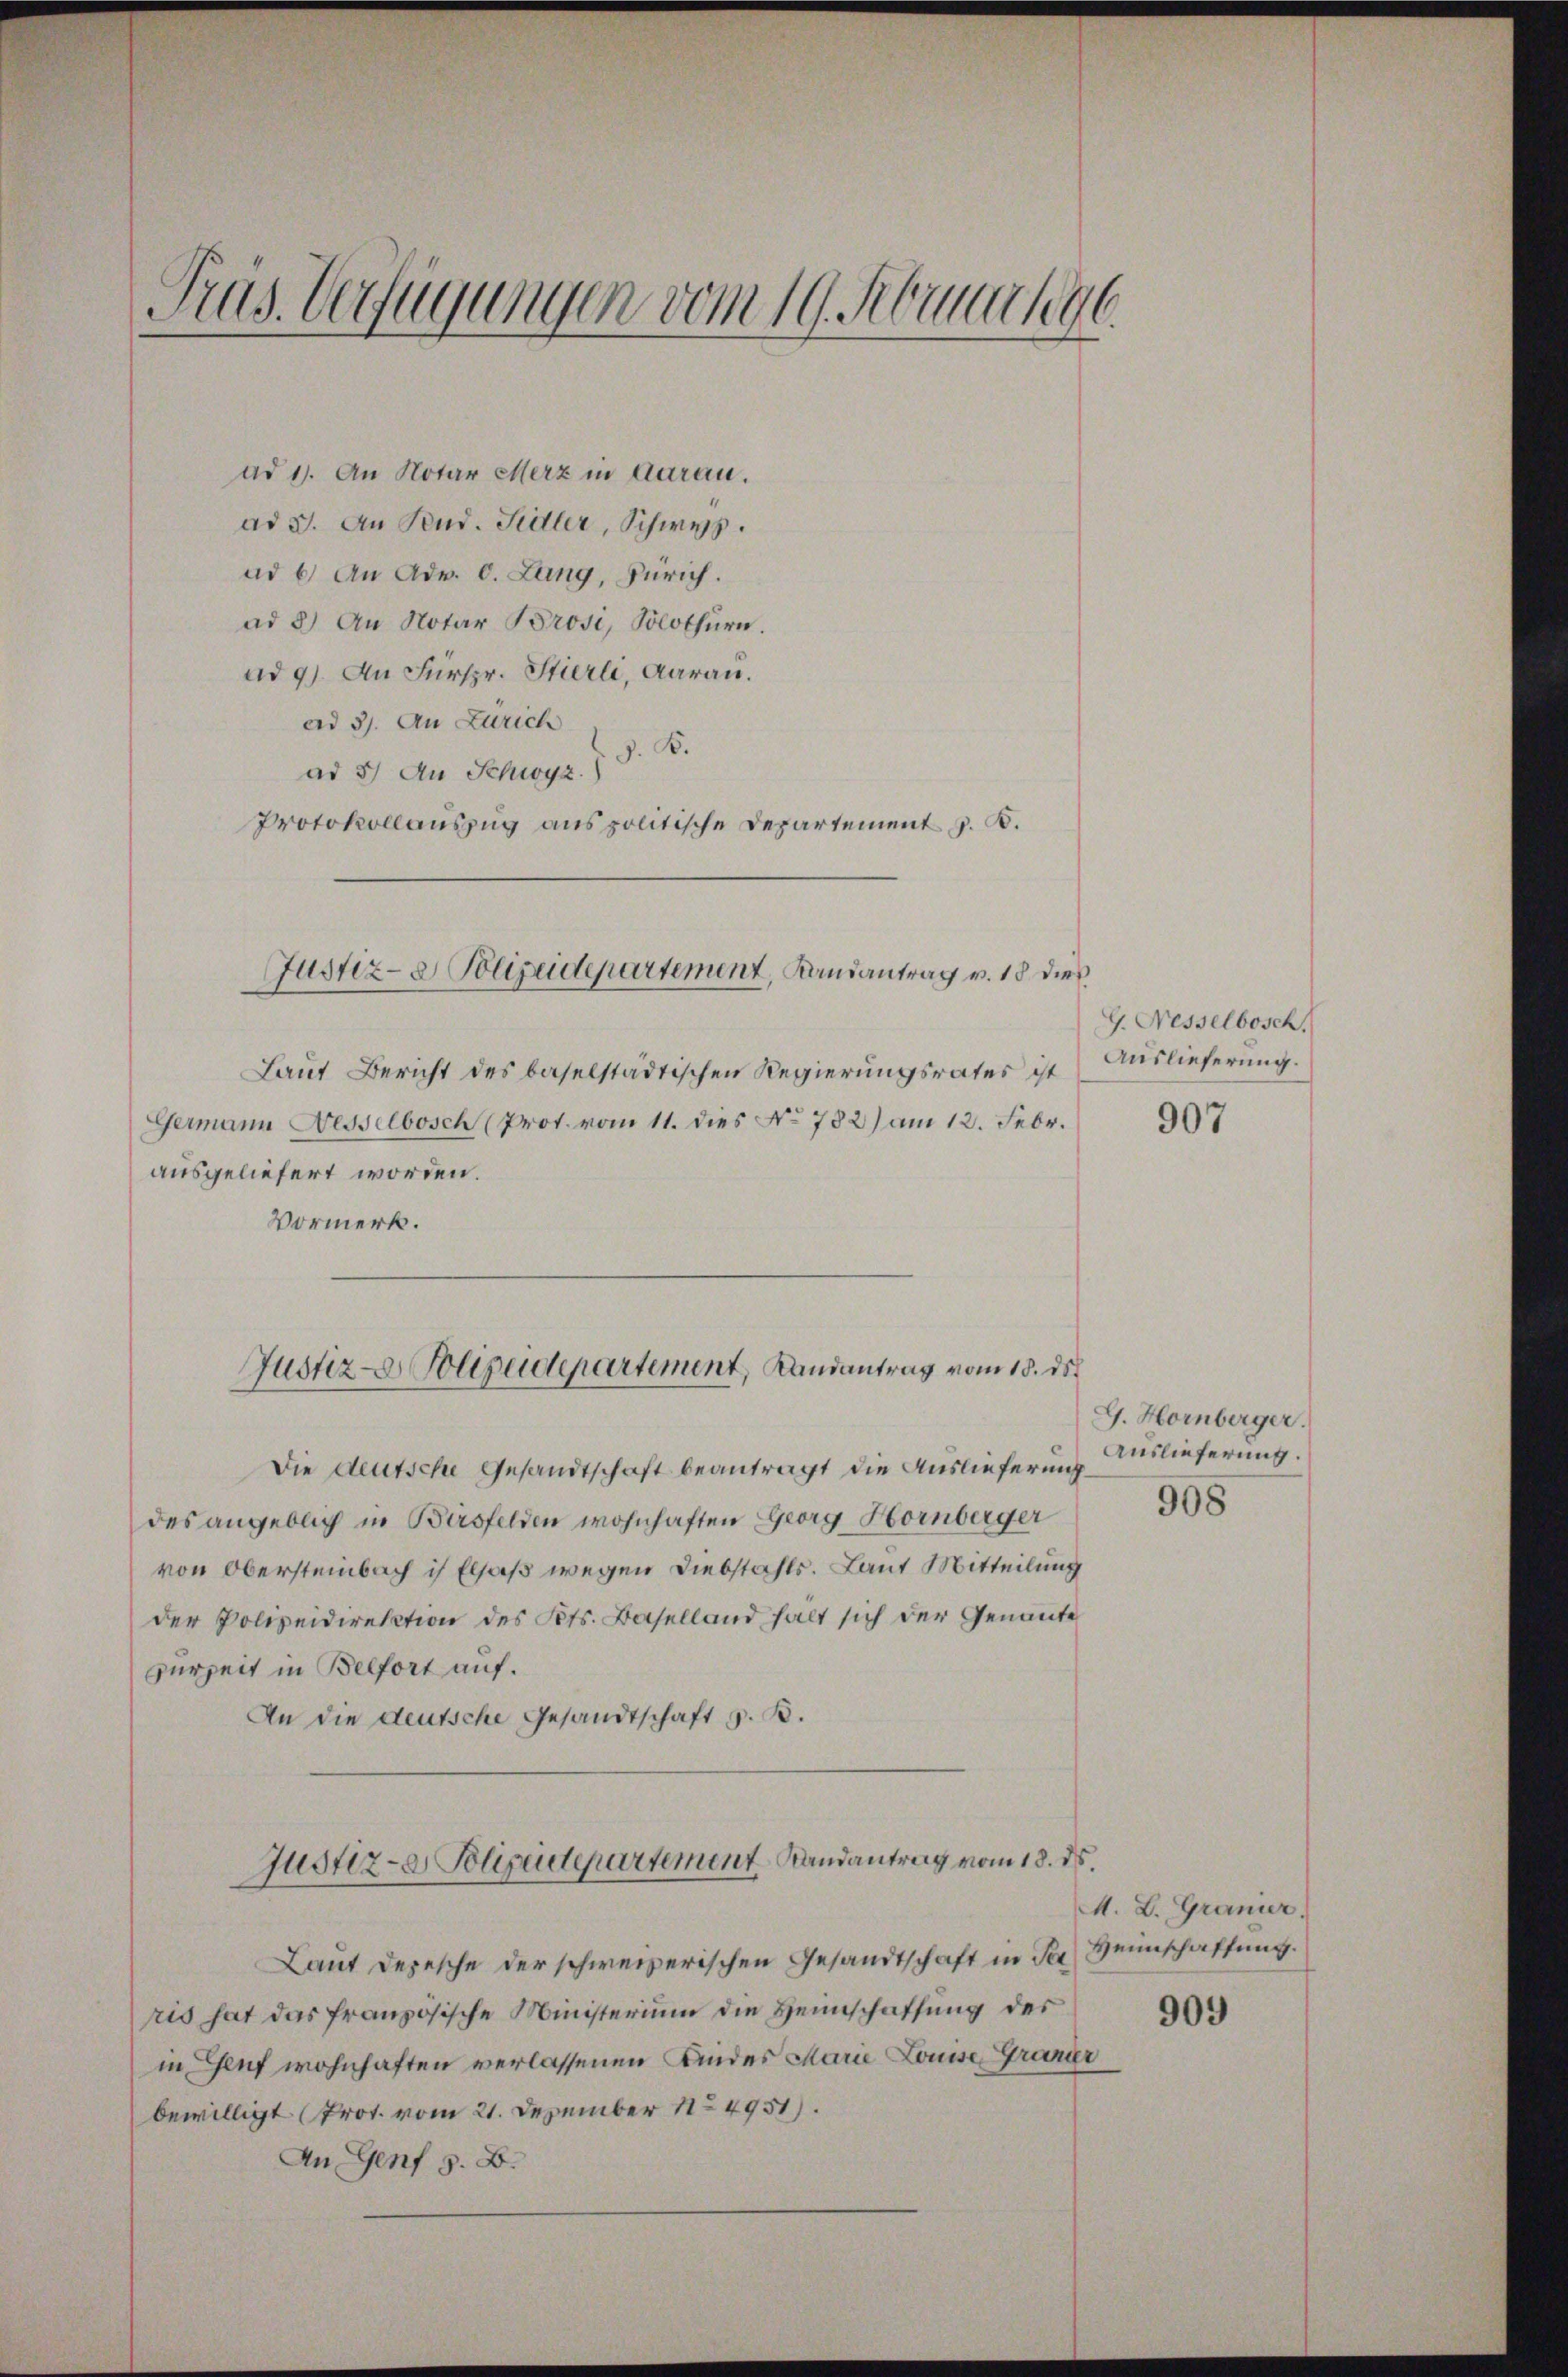
Pras. Verfügungen vom 19. Februar 196.

ad 1. An Notar Merz in darau.
ad 3. An Stud. Sidler, Schwyz.
ad 6. An Adv. 0. Lang, Zürich.
ad 5) An Notar Brosi, Solothurn.
ad 9) An Fürspr. Stierli, Aarau.
ad 3. An Zürich
J. B.
ad 37 An Schwyz.)
Protokollauszug aus politische Departement z. B.

Laut Bericht des baselstädtischen Regierungsrates ist
Germann Fesselbosch (Prot. vom 11. dies No 782) am 12. Febr.
ausgeliefert worden.
Vormerk.

Justiz- & Polizeidepartement, Kandantrag v. 18 dies

Die deutsche Gesandtschaft beantragt die Auslieferung
des angeblich in Bürsfelden wohnhaften Georg Hornberger
von Obersteinbach ich Elsaß wegen Diebstahls. Laut Mitteilung
der Polizeidirektion des Fets. Baselland halt sich der Genannte
zurzeit in Belfort auf.
An die deutsche Gesandtschaft z. B.
Justiz- Polizeitepartement Randantrag vom 18. ds.
Laut Depesche der schweizerischen Gesandtschaft in der Heimschaffung.
ris hat das französische Ministerium die Heimschaffung des
in Genf wohnhaften verlassenen Kindes Marie Louise, Grazer
bewilligt (Prot. vom 21. Dezember 184951).
An Genf z. B.

Justiz- & Polizeidepartement, Landantrag vom 18. ds.

G. Nesselbesch.
Auslieferung.

907

G. Hornberger.
Auslieferung.
908

M. L. Granier.

909